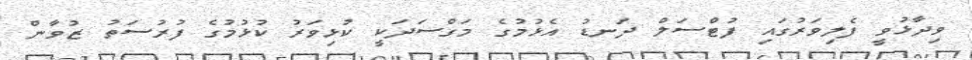
ވިދާޅުވީ ފެލިވަރުގައި ފުޓްސަލް ދަނޑު އެޅުމުގެ މަގްސަދަކީ ކުޅިވަރު ކުޅުމުގެ ފުރުސަތު ޒުވާން